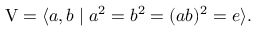
\mathrm { V } = \langle a , b \mid a ^ { 2 } = b ^ { 2 } = ( a b ) ^ { 2 } = e \rangle .